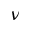
\nu